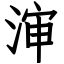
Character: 渖